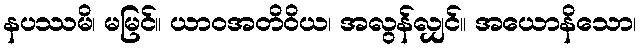
နပဿမိ၊ မမြင်။ ယာဝအတိဝိယ၊ အလွန်လျှင်။ အယောနိသော၊